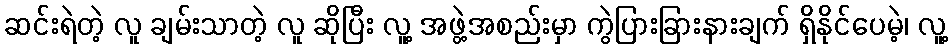
ဆင်းရဲတဲ့ လူ ချမ်းသာတဲ့ လူ ဆိုပြီး လူ့ အဖွဲ့အစည်းမှာ ကွဲပြားခြားနားချက် ရှိနိုင်ပေမဲ့၊ လူ့